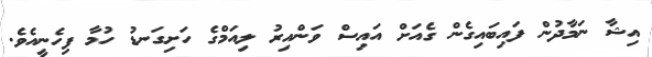
އިޝާ ނަމާދުން ފައިބައިގެން ގެއަށް އައިސް ވަންއިރު ލިއަމްގެ ހަށިގަނޑު ހުމާ ފިހެނީއެވެ.